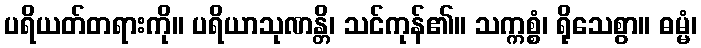
ပရိယတ်တရားကို။ ပရိယာသုဏန္တိ၊ သင်ကုန်၏။ သက္ကစ္စံ၊ ရိုသေစွာ။ ဓမ္မံ၊